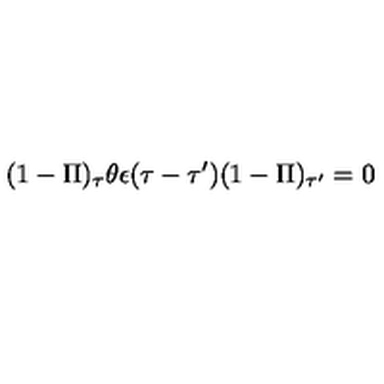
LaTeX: ( 1 - \Pi ) _ { \tau } \theta \epsilon ( \tau - \tau ^ { \prime } ) ( 1 - \Pi ) _ { \tau ^ { \prime } } = 0